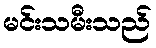
မင်းသမီးသည်